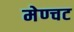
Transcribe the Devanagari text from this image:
मेण्चट